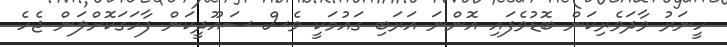
ހީނަރު ވާދަވެރިކަން ބޮޑުވެފައި އޮންނަ އަރަބި ގައުމަކީ ވެސް ސައޫދީކަން ފާހަގަކޮށްލަން ޖެހެ